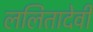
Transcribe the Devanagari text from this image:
ललितादेवी